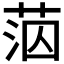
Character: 𦰪